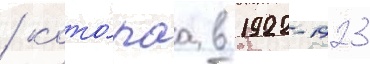
/ кото́раа в 1922-1923